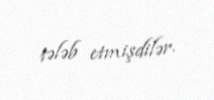
tələb etmişdilər.